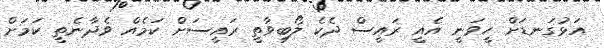
އަޅުގަނޑަށް ހީވަނީ އެއީ ރައީސް ދެކެ ލޯބިވާތީ ރައީސަށް ކަމެއް ވެދާނެތީ ކަމަށް